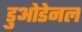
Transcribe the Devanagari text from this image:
डुओडेनल